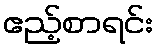
ဧည့်စာရင်း